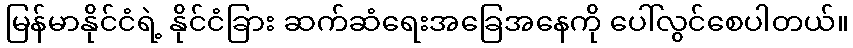
မြန်မာနိုင်ငံရဲ့ နိုင်ငံခြား ဆက်ဆံရေးအခြေအနေကို ပေါ်လွင်စေပါတယ်။